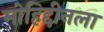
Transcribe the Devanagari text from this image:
मोहिद्दीनला